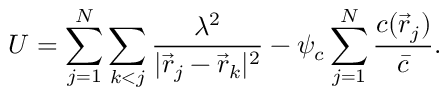
U = \sum _ { j = 1 } ^ { N } \sum _ { k < j } \frac { \lambda ^ { 2 } } { | \vec { r } _ { j } - \vec { r } _ { k } | ^ { 2 } } - \psi _ { c } \sum _ { j = 1 } ^ { N } \frac { c ( \vec { r } _ { j } ) } { \bar { c } } .